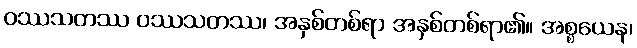
ဝဿသတဿ ဝဿသတဿ၊ အနှစ်တစ်ရာ အနှစ်တစ်ရာ၏။ အစ္စယေန၊